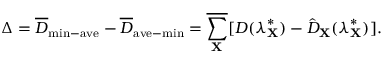
\Delta = \overline { { D } } _ { \mathrm { m i n - a v e } } - \overline { { D } } _ { \mathrm { a v e - m i n } } = \overline { { \sum _ { \mathbf { X } } } } [ D ( \boldsymbol { \lambda } _ { \mathbf { X } } ^ { * } ) - \hat { D } _ { \mathbf { X } } ( \boldsymbol { \lambda } _ { \mathbf { X } } ^ { * } ) ] .